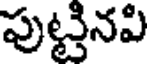
పుట్టినపి